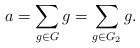
LaTeX: \begin{align*}a = \sum_{g\in G} g = \sum_{g\in G_2} g.\end{align*}